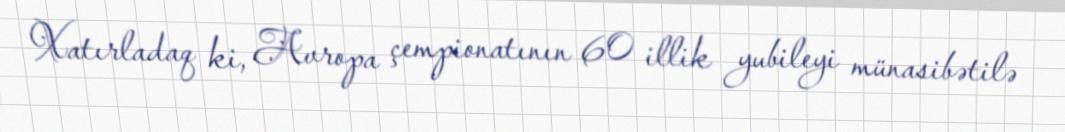
Xatırladaq ki, Avropa çempionatının 60 illik yubileyi münasibətilə